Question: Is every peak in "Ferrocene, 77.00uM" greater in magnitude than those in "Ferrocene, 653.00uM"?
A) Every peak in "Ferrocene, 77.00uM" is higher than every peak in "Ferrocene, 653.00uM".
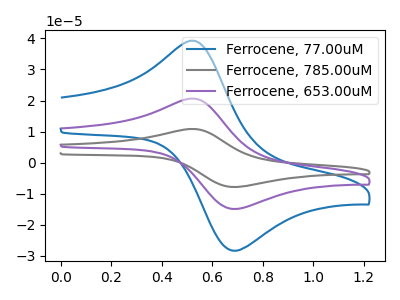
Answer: <think>The blue curve "Ferrocene, 77.00uM" has an anodic peak at (0.55V, 39.00uA) and a cathodic peak at (0.70V, -28.30uA). The gray curve "Ferrocene, 785.00uM" has an anodic peak at (0.55V, 41.05uA) and a cathodic peak at (0.70V, -29.75uA). The purple curve "Ferrocene, 653.00uM" has an anodic peak at (0.55V, 20.50uA) and a cathodic peak at (0.70V, -14.90uA).</think>
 <answer>A) Every peak in "Ferrocene, 77.00uM" is higher than every peak in "Ferrocene, 653.00uM".</answer>
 <eval>A</eval>